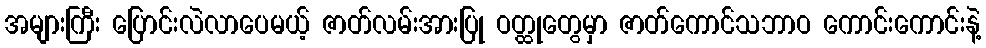
အများကြီး ပြောင်းလဲလာပေမယ့် ဇာတ်လမ်းအားပြု ဝတ္ထုတွေမှာ ဇာတ်ကောင်သဘာဝ ကောင်းကောင်းနဲ့